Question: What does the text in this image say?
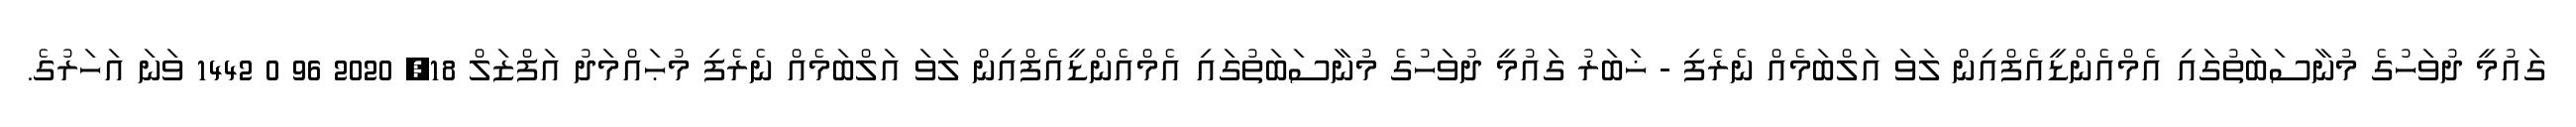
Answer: ގައުމީ ދުވަހުގެ މުނާސަބަތުގައި އެމްއެންޑީއެފްއިން ލަވަ އަލްބަމެއް ނެރެފި - ޚަބަރު ގައުމީ ދުވަހުގެ މުނާސަބަތުގައި އެމްއެންޑީއެފްއިން ލަވަ އަލްބަމެއް ނެރެފި މުޙައްމަދު އަފްޒަލް 18, 2020 96 0 1442 ވަނަ އަހަރުގެ.